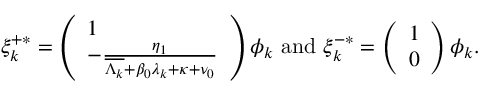
\begin{array} { r } { \xi _ { k } ^ { + * } = \left( \begin{array} { l } { 1 } \\ { - \frac { \eta _ { 1 } } { \overline { { \Lambda _ { k } } } + \beta _ { 0 } \lambda _ { k } + \kappa + \nu _ { 0 } } } \end{array} \right) \phi _ { k } \mathrm { ~ a n d ~ } \xi _ { k } ^ { - * } = \left( \begin{array} { l } { 1 } \\ { 0 } \end{array} \right) \phi _ { k } . } \end{array}